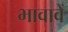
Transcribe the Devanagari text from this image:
भावावें